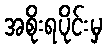
အစိုးရပိုင်းမှ